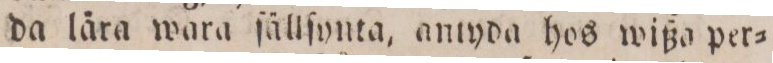
da låra wara ſällſynta, antyda hos wißa per=